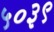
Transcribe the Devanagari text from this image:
५०३९